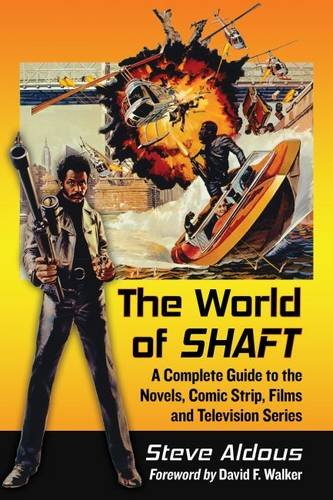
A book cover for The World of Shaft: A Complete Guide to the Novels, Comic Strip, Films and Television Series; Steve Aldous; Comics & Graphic Novels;